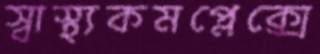
স্বাস্থ্যকমপ্লেক্সে